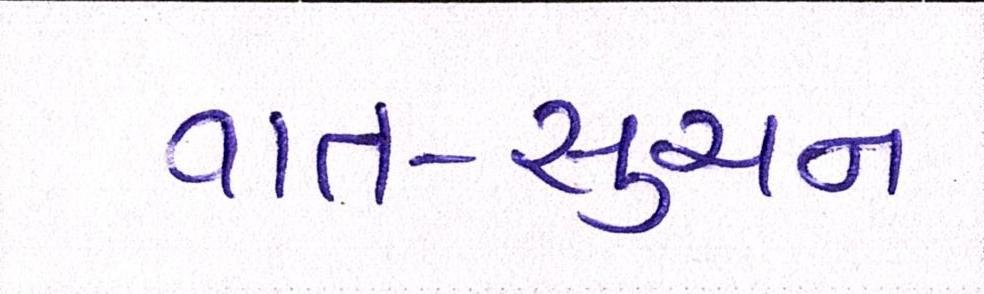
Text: વાત-સુચન